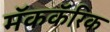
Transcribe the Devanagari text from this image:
मॅककॅरिक